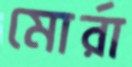
মোর্রা